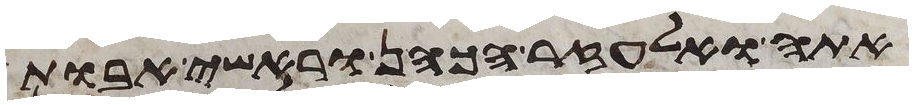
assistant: אתה ואלעזר הכהן וראשי אבות